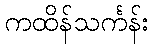
ကထိန်သင်္ကန်း